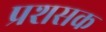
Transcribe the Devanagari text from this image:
प्रशसक